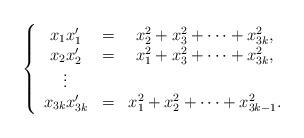
LaTeX: \begin{align*}\left\{\begin{array}{ccc}x_1 x_1' &=& x_2^2+x_3^2+\dots+x_{3k}^2,\\x_2 x_2' &=& x_1^2+x_3^2+\dots+x_{3k}^2,\\\vdots &&\\x_{3k}x_{3k}' &=& x_1^2+x_2^2+\dots+x_{3k-1}^2. \end{array}\right.\end{align*}